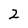
Character: 2